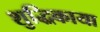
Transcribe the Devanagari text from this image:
शुद्धिकाया